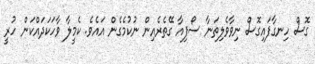
ގޮސް ހިނގާފައިގޮސް ނިވާވެލިތަނާ ސޯފިއާ ގޭތެރެއިން ނުކުމެގެން އައެވެ. ކެމީލާ ވާހަކަދައްކަން ހުރީ